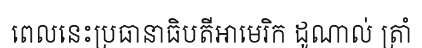
ពេលនេះប្រធានាធិបតីអាមេរិក ដូណាល់ ត្រាំ